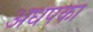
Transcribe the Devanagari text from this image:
अधपका